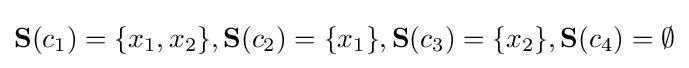
\mathbf {S} (c_{1})=\{x_{1},x_{2}\},\mathbf {S} (c_{2})=\{x_{1}\},\mathbf {S} (c_{3})=\{x_{2}\},\mathbf {S} (c_{4})=\emptyset